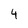
Character: 4